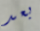
بعد